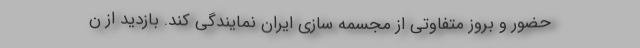
حضور و بروز متفاوتی از مجسمه سازی ایران نمایندگی کند. بازدید از ن